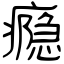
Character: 瘾